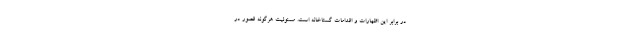
در برابر این اظهارات و اقدامات گستاخانه است. مسئولیت هرگونه قصور در